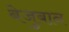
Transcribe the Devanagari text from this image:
बेजुबान